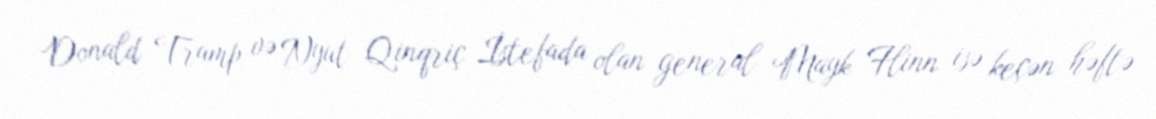
Donald Tramp və Nyut Qinqriç İstefada olan general Mayk Flinn isə keçən həftə